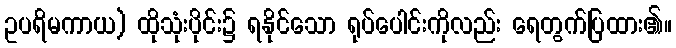
ဥပရိမကာယ) ထိုသုံးပိုင်း၌ ရနိုင်သော ရုပ်ပေါင်းကိုလည်း ရေတွက်ပြထား၏။